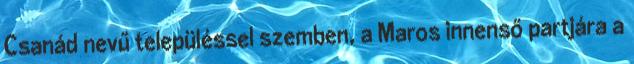
Csanád nevű településsel szemben, a Maros innenső partjára a